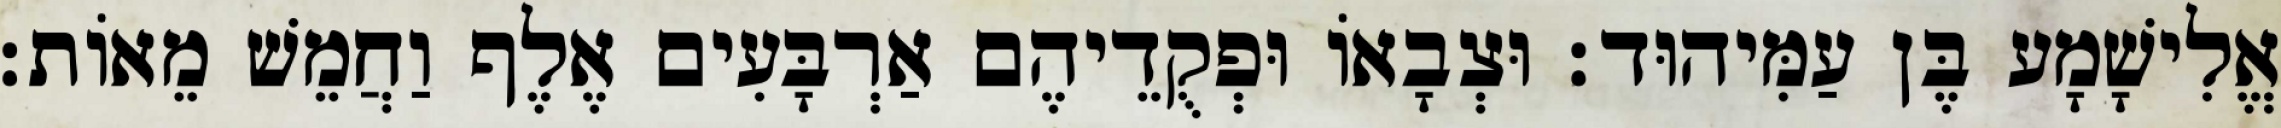
אֱלִישָׁמָע בֶּן עַמִּיהוּד׃ וּצְבָאוֹ וּפְקֻדֵיהֶם אַרְבָּעִים אֶלֶף וַחֲמֵשׁ מֵאוֹת׃